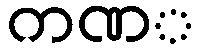
ကဏ္